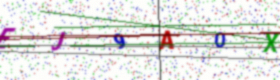
Text: EJ9A0X